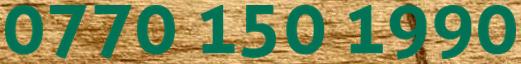
0770 150 1990